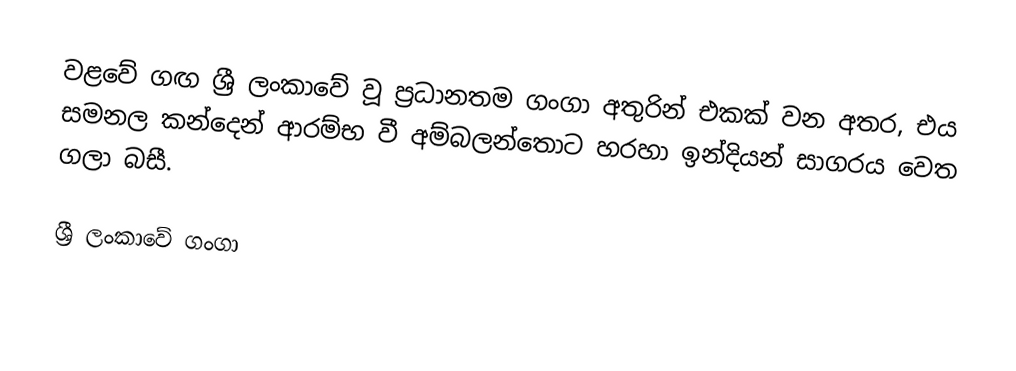
වළවේ ගඟ ශ්‍රී ලංකාවේ වූ ප්‍රධානතම ගංගා අතුරින් එකක් වන අතර, එය සමනල කන්දෙන් ආරම්භ වී අම්බලන්තොට හරහා ඉන්දියන් සාගරය වෙත ගලා බසී.

ශ්‍රී ලංකාවේ ගංගා